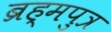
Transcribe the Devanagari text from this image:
ब्रह्‌मपुत्र